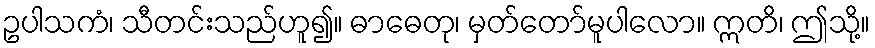
ဥပါသကံ၊ သီတင်းသည်ဟူ၍။ ဓာဓေတု၊ မှတ်တော်မူပါလော။ ဣတိ၊ ဤသို့။